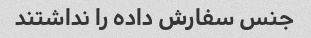
جنس سفارش داده را نداشتند